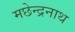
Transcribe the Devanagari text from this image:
मछेन्द्रनाथ